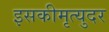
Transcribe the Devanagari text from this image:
इसकीमृत्युदर